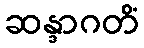
ဆန္ဒာဂတိံ